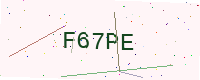
Text: F67PE